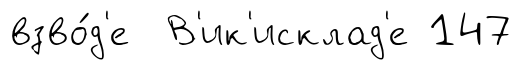
взво́д'е В'ик'исклад'е 147